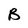
Character: B